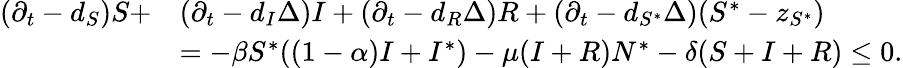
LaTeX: \begin{array}{rl}{(\partial_{t}-d_{S})S+}&{(\partial_{t}-d_{I}\Delta)I+(\partial_{t}-d_{R}\Delta)R+(\partial_{t}-d_{S^{*}}\Delta)(S^{*}-z_{S^{*}})}\\ &{=-\beta S^{*}((1-\alpha)I+I^{*})-\mu(I+R)N^{*}-\delta(S+I+R)\le 0.}\end{array}